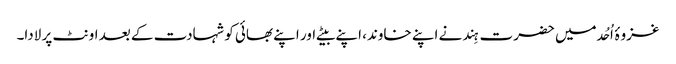
غزوۂ اُحُد میں حضرت ہِند نے اپنے خاوند، اپنے بیٹے اور اپنے بھائی کو شہادت کے بعد اونٹ پر لادا۔